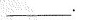
___.